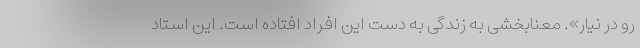
رو در نیار». معنابخشی به زندگی به دست این افراد افتاده است. این استاد